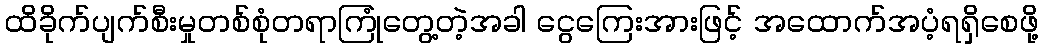
ထိခိုက်ပျက်စီးမှုတစ်စုံတရာကြုံတွေ့တဲ့အခါ ငွေကြေးအားဖြင့် အထောက်အပံ့ရရှိစေဖို့